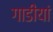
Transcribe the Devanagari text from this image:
गाडीयां